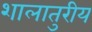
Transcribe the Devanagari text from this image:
शालातुरीय